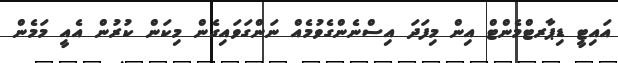
އައިޓީ ޑިޕާރޓްމެންޓް އިން މިފަދަ އިސްނެންގެވުމެއް ނަންގަވައިގެން މިކަން ކުރުން އެއީ މަމެން